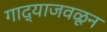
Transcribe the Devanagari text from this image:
गाद्याजवळून